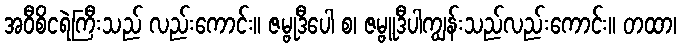
အဝီစိငရဲကြီးသည် လည်းကောင်း။ ဇမ္ဗုဒီပေါ စ၊ ဇမ္ဗူဒီပါကျွန်းသည်လည်းကောင်း။ တထာ၊